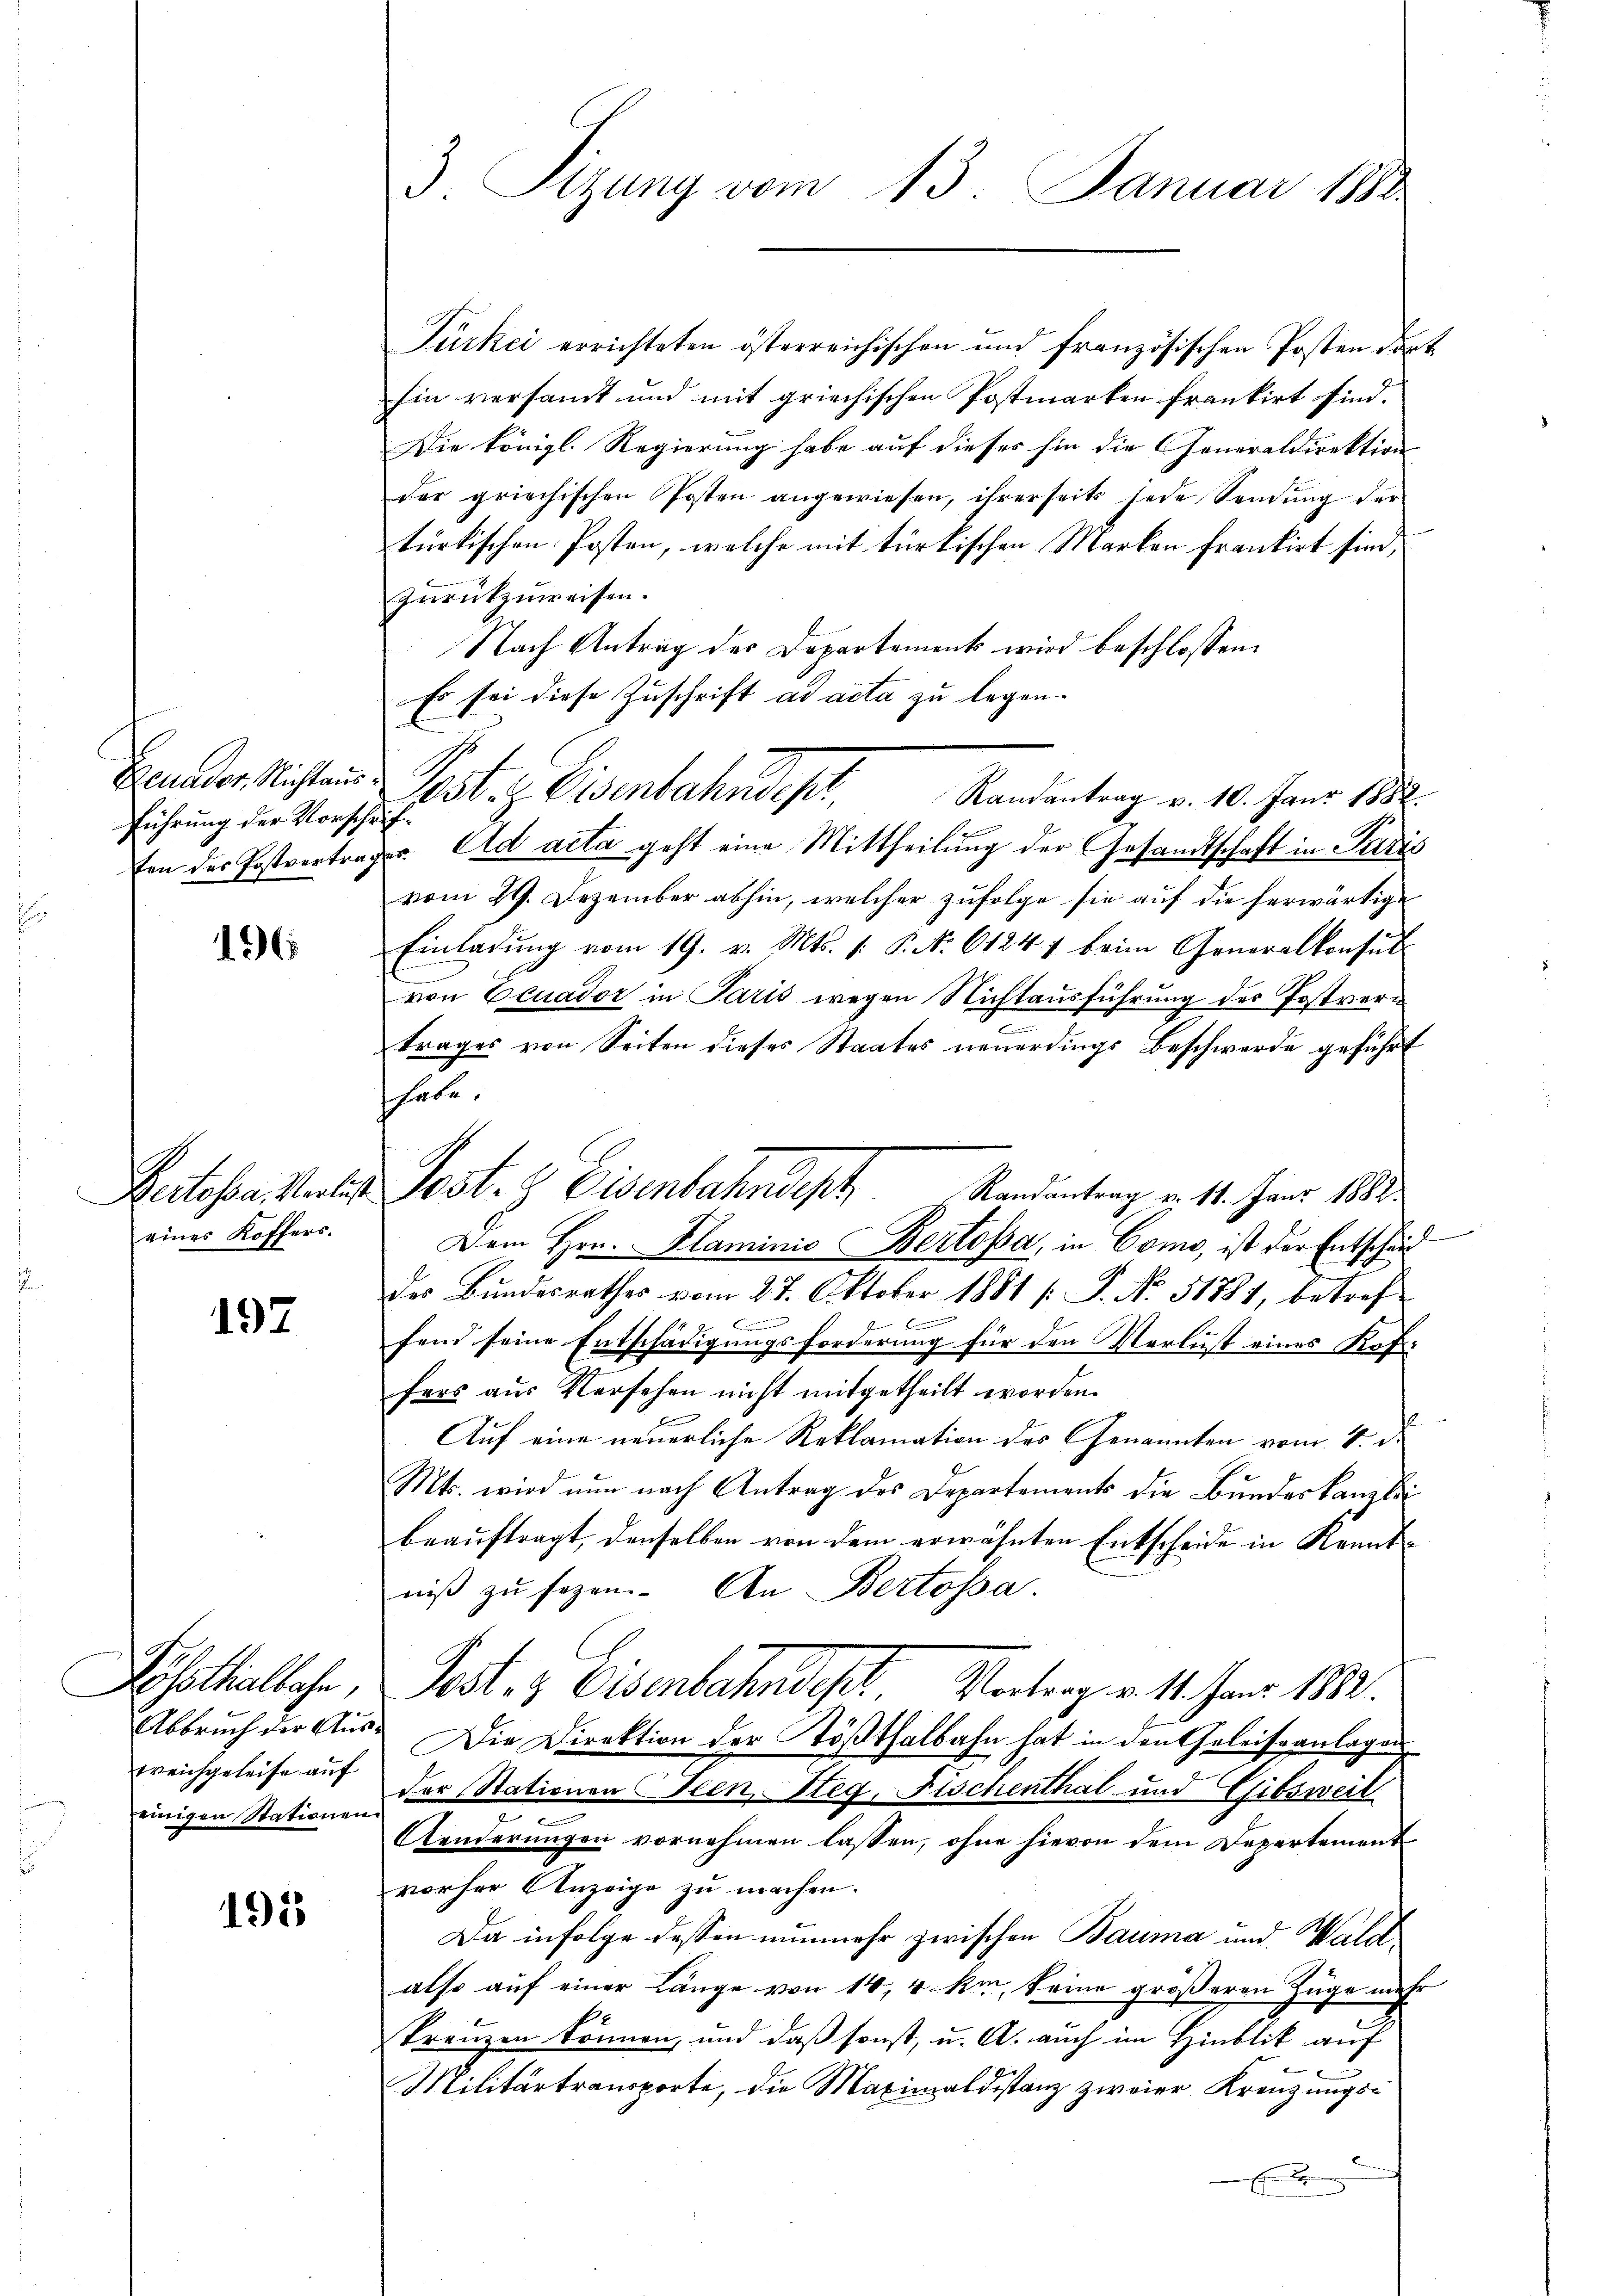
führung der Vorschrif¬

196

eines Koffers.

197

einigen Stationen.

195

3. Sitzung vom 13. Januar 1888

Türkei errichteten österreichischen und französischen Posten dort
Ein versandt und mit griechischen Postmarken frankirt sind.
Die königl. Regierung habe auf dieses hin die Generaldirektion
der griechischen Posten angewiesen, ihrerseits jede Sendŭng der
türkischen Posten, welche mit türkischen Marken frankirt sind,
zŭrückzuweisen.
Nach Antrag der Departement wird beschlossen:
Es sei diese Zuschrift ad acta zu legen.
Ennder Nichtanne Post z. Eisenbahndep
Randantrag v. 10. Janr 1882.
f
fen der Postvertrages. Ad acta geht eine Mittheilung der Gesandtschaft in Paris
vom 29. Dezember abhin, welcher zufolge sie auf die herwärtige
Einladŭng vom 19. v. Mts. /: P. Nr. 6124 f beim Generalkonsul
von Ecuador in Paris wegen Nichtausführung des Postvere
trages von Seiten dieses Staates neuerdings Beschwerde geführt
habe.
Ratsbartenten Post. Eisenbahndesh
Randantrag v. 11. Juni 1882.
Dem Hrn. Klaminio Bertosa, in Como, ist der Entscheid
des Bŭndesrathes vom 27. Oktober 1881 /: P. No. 51781, betref
Ber
fend seine Entschädigungsforderung für den Verlust eines Koffers aus Versehen nicht mitgetheilt worden.
Auf eine neuerliche Reklamation des Genannten vom 4. d.
Mts. wird nun nach Antrag des Departements die Bundeskanzlei
beauftragt, denselben von dem erwähnten Entscheide in Kenntniβ zŭ sezen. An Bertossa.
Festhalbahn, Jost & Eisenbahndet, Vortrag v. 11. Jan. 1882.
Abbruch der Aus- Die Direktion der Tößthalbahn hat in den Geleiseanlagen
rreichgeleise auf der Stationen Seen, Steg, Fischenthal und Gibsweil
Aenderungen vornehmen lassen, ohne hievon dem Departement
vorher Anzeige zu machen.
Da infolge dessen nunmehr zwischen Bauma und Wald
also auf einer Länge von 14, 4 km, keine größeren Züge mehr
kreuzen können, und daß sonst, u. A. auch im Hinblik auf
Militärtransporte, die Maximaldistanz zweier Kreuzungs¬